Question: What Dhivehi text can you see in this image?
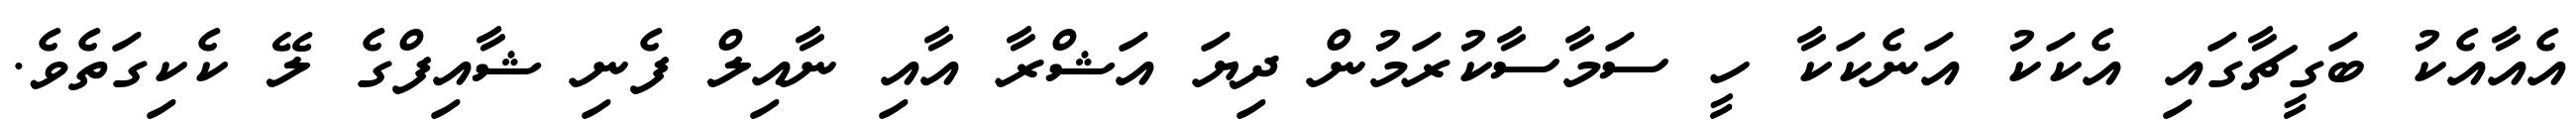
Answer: އެއާއެކު ބަގީޗާގައި އެކަކު އަނެކަކާ ހީ ސަމާސާކުރަމުން ދިޔަ އަޝްރާ އާއި ނާއިލް ފެނި ޝާއިފްގެ ލޭ ކެކިގަތެވެ.